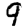
Digit: 9